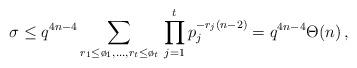
LaTeX: \begin{align*} \sigma \le q^{4n-4} \sum_{r_1 \le \o_1,\dots,r_t \le \o_t}\, \prod_{j=1}^t p_j^{-r_j(n-2)} = q^{4n-4} \Theta(n) \,,\end{align*}